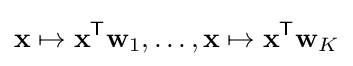
\mathbf {x} \mapsto \mathbf {x} ^{\mathsf {T}}\mathbf {w} _{1},\ldots ,\mathbf {x} \mapsto \mathbf {x} ^{\mathsf {T}}\mathbf {w} _{K}